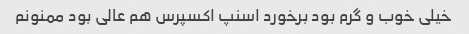
خیلی خوب و گرم بود برخورد اسنپ اکسپرس هم عالی بود ممنونم